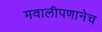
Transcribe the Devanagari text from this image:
मवालीपणानेच